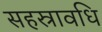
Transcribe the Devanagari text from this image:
सहस्रावधि